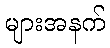
များအနက်